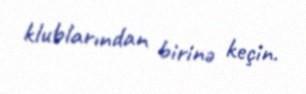
klublarından birinə keçin.